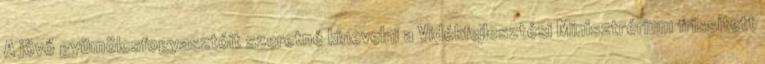
A jövő gyümölcsfogyasztóit szeretné kinevelni a Vidékfejlesztési Minisztrérium frissített